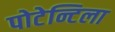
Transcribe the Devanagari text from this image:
पोटेन्टिला